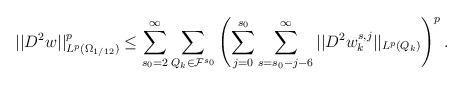
LaTeX: \begin{align*}\begin{aligned}||D^2 w||_{L^p(\Omega_{1/{12}})}^{p}\leq \sum\limits_{s_0=2}^{\infty}\sum\limits_{Q_k\in\mathcal{F}^{s_0}}\left(\sum\limits_{j=0}^{s_0}\sum\limits_{s=s_0-j-6}^{{\infty}}||D^2 w^{s,j}_{k}||_{L^p(Q_k)}\right)^p.\end{aligned}\end{align*}